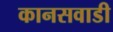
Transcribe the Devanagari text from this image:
कानसवाडी